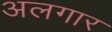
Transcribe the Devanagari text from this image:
अलगार